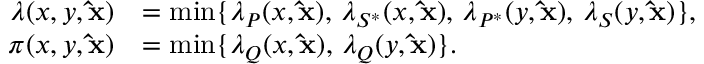
\begin{array} { r l } { \lambda ( x , y , \mathbf { \hat { x } } ) } & { = \operatorname* { m i n } \{ \lambda _ { P } ( x , \mathbf { \hat { x } } ) , \, \lambda _ { S ^ { * } } ( x , \mathbf { \hat { x } } ) , \, \lambda _ { P ^ { * } } ( y , \mathbf { \hat { x } } ) , \, \lambda _ { S } ( y , \mathbf { \hat { x } } ) \} , } \\ { \pi ( x , y , \mathbf { \hat { x } } ) } & { = \operatorname* { m i n } \{ \lambda _ { Q } ( x , \mathbf { \hat { x } } ) , \, \lambda _ { Q } ( y , \mathbf { \hat { x } } ) \} . } \end{array}